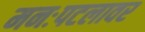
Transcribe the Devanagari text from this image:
मनःपटलावर